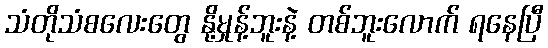
သံတိုသံစလေးတွေ နို့မှုန့်ဘူးနဲ့ တစ်ဘူးလောက် ရနေပြီ